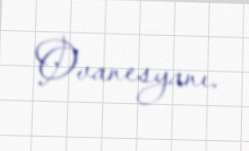
Ovanesyanı.